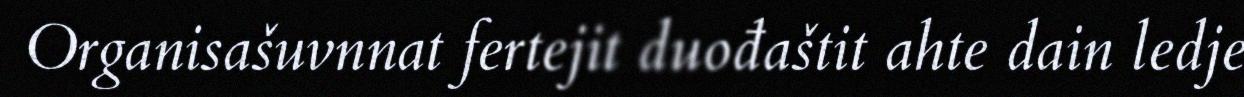
Organisašuvnnat fertejit duođaštit ahte dain ledje